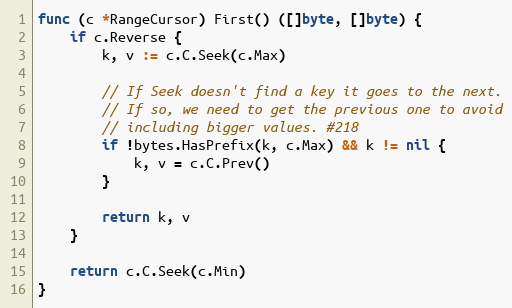
Language: Go
func (c *RangeCursor) First() ([]byte, []byte) {
	if c.Reverse {
		k, v := c.C.Seek(c.Max)

		// If Seek doesn't find a key it goes to the next.
		// If so, we need to get the previous one to avoid
		// including bigger values. #218
		if !bytes.HasPrefix(k, c.Max) && k != nil {
			k, v = c.C.Prev()
		}

		return k, v
	}

	return c.C.Seek(c.Min)
}